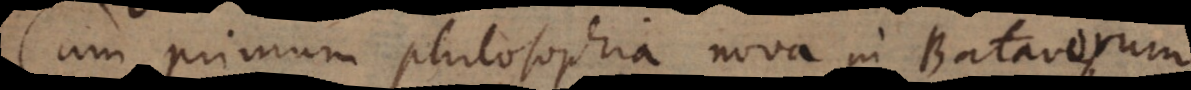
Cum primum philosophia nova in Batavorum